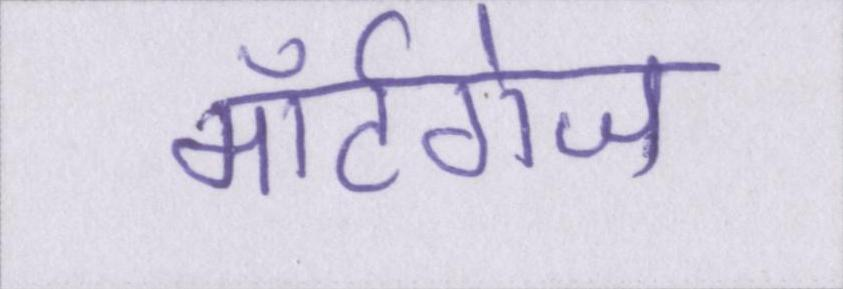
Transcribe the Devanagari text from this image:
मॉर्टगेज